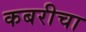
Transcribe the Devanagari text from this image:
कबरीचा